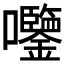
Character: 𫭀